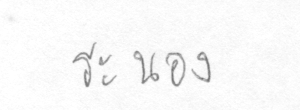
ระนอง